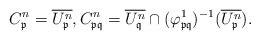
LaTeX: \begin{align*}C^n_{\frak p} = \overline{U_{\frak p}^{n}}, C^n_{\frak p\frak q} = \overline{U_{\frak q}^{n}} \cap (\varphi^{1}_{\frak p\frak q})^{-1}(\overline{U_{\frak p}^{n}}).\end{align*}